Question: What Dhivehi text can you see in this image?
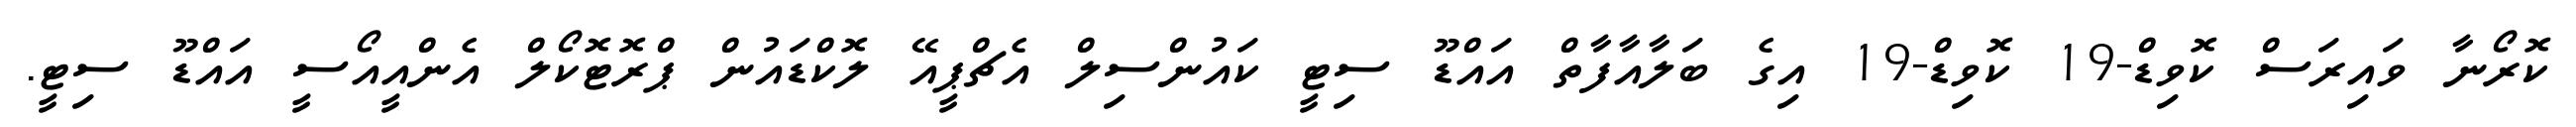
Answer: ކޮރޯނާ ވައިރަސް ކޮވިޑް-19 ކޮވިޑް-19 އިގެ ބަލާއާފާތް އައްޑޫ ސިޓީ ކައުންސިލް އެޗްޕީއޭ ލޮކްޑައުން ޕްރޮޓޮކޯލް އެންއީއޯސީ އައްޑޫ ސިޓީ.